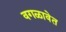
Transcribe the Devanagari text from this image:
वगळावेत